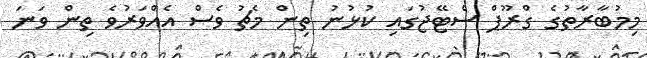
މިމުބާރާތުގެ ގްރޫޕް ސްޓޭޖުގައި ކުޅުނު ތިން މެޗު ވެސް އެއްވަރުވެ ތިން ވަނަ